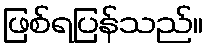
ဖြစ်ရပြန်သည်။